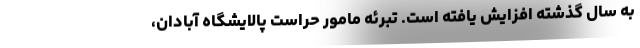
به سال گذشته افزایش یافته است. تبرئه مامور حراست پالایشگاه آبادان،